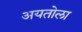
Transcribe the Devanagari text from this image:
अयतोला